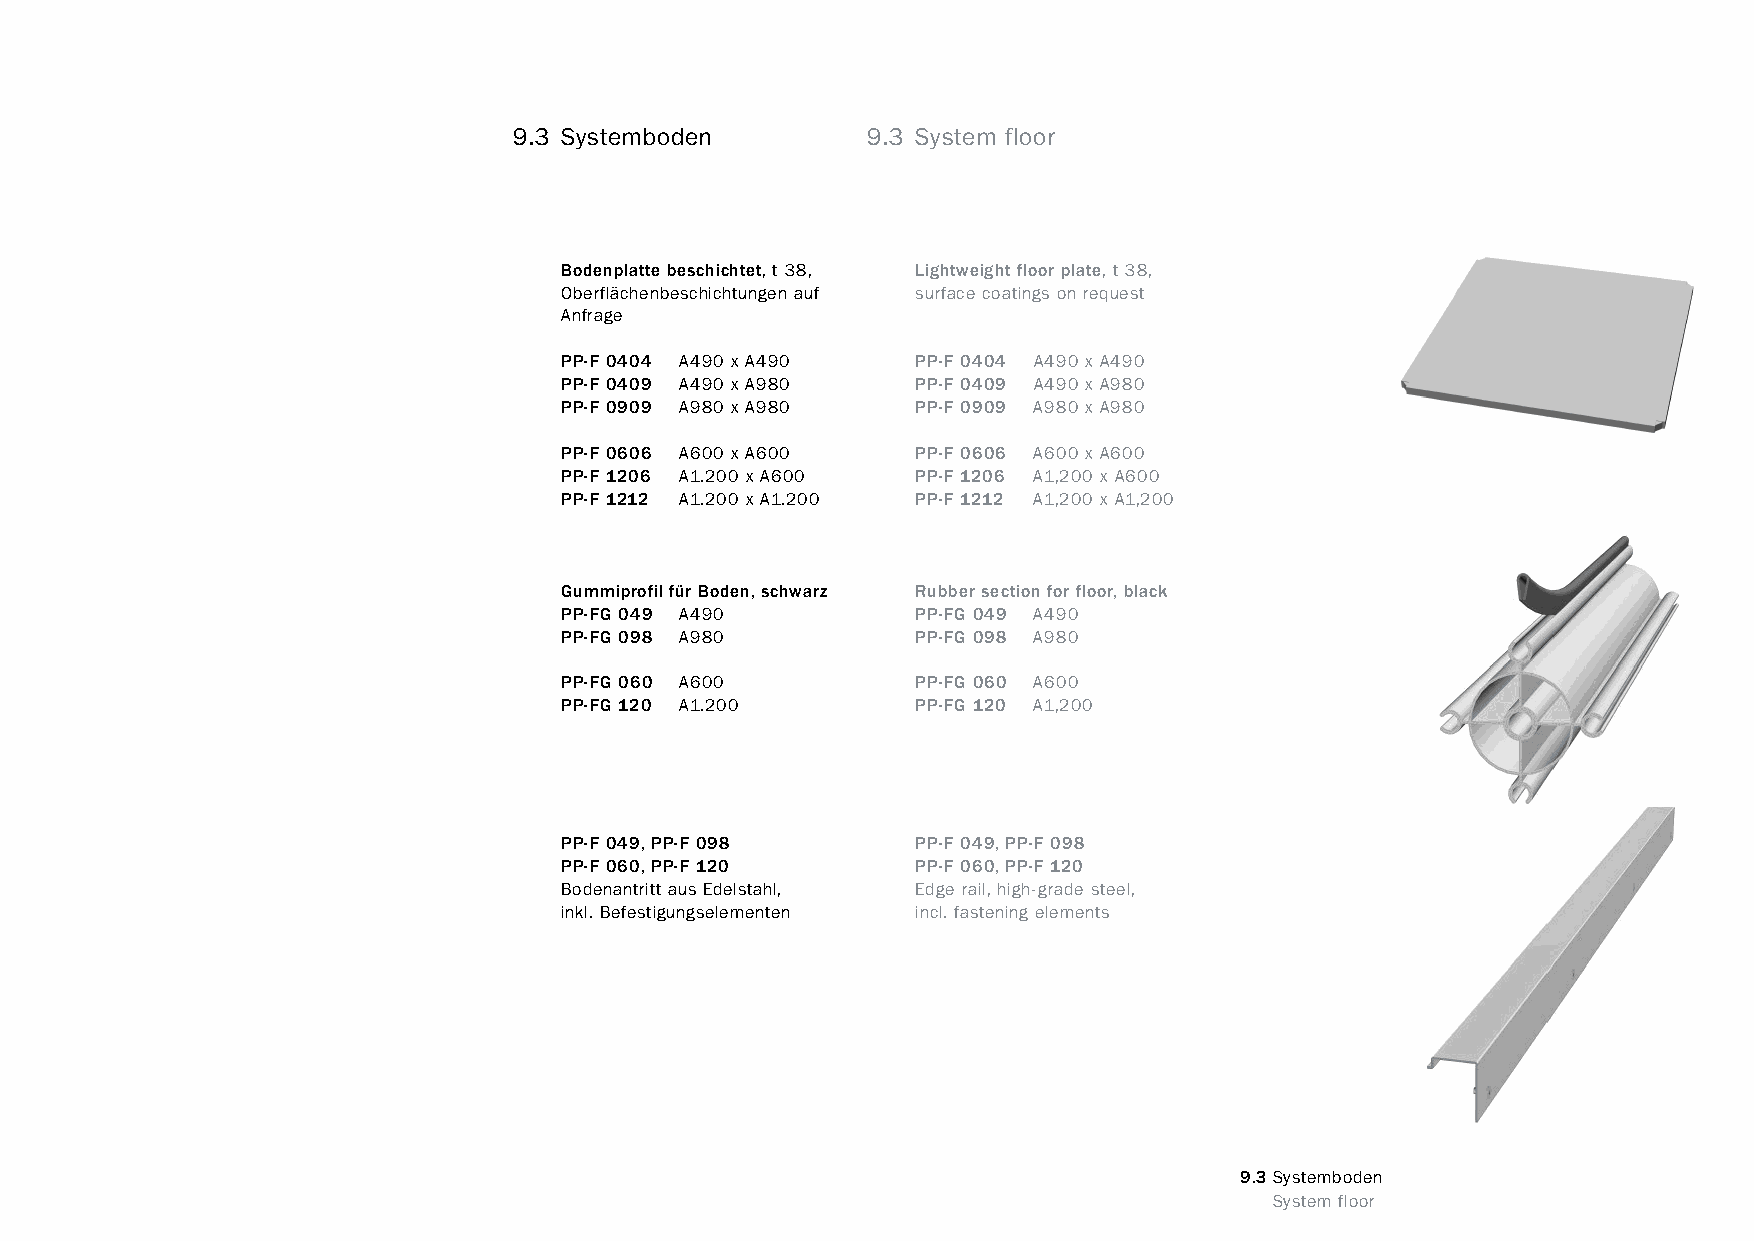
constructivpila petite        9.3 Systemboden        9.3 System floor
 Bodenplatte beschichtet, t 38, Lightweight floor plate, t 38,
 Oberflächenbeschichtungen auf surface coatings on request
 Anfrage
 PP-F 0404 A490 x A490   PP-F 0404 A490 x A490
 PP-F 0409 A490 x A980   PP-F 0409 A490 x A980
 PP-F 0909 A980 x A980   PP-F 0909 A980 x A980
 PP-F 0606 A600 x A600   PP-F 0606 A600 x A600
 PP-F 1206 A1.200 x A600 PP-F 1206 A1,200 x A600
 PP-F 1212 A1.200 x A1.200 PP-F 1212 A1,200 x A1,200
 Gummiprofil für Boden, schwarz Rubber section for floor, black
 PP-FG 049 A490          PP-FG 049 A490
 PP-FG 098 A980          PP-FG 098 A980
 PP-FG 060 A600          PP-FG 060 A600
 PP-FG 120 A1.200        PP-FG 120 A1,200
 PP-F 049, PP-F 098      PP-F 049, PP-F 098
 PP-F 060, PP-F 120      PP-F 060, PP-F 120
 Bodenantritt aus Edelstahl, Edge rail, high-grade steel,
 inkl. Befestigungselementen incl. fastening elements
 9.3Systemboden
 www.burkhardtleitner.de                                                         System floor